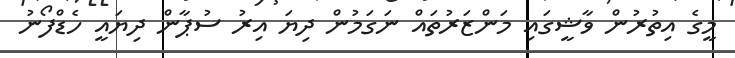
މީގެ އިތުރުން ވާޝީގައި މަންޒަރުތައް ނަގަމުން ދިޔަ އިރު ސުޕާން ދިޔައީ ހެޑްފޯނު